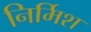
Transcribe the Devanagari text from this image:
निर्मिश